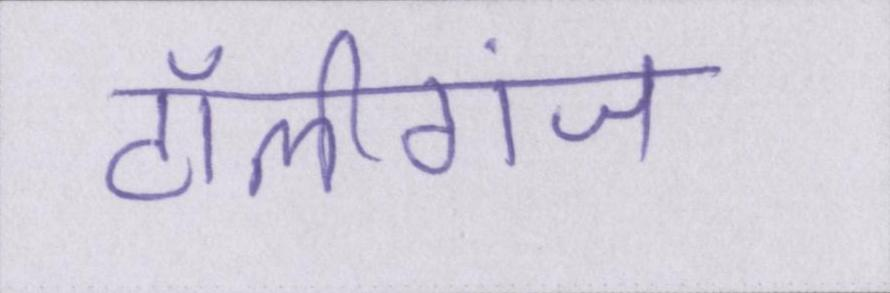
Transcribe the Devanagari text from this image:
टॉलीगंज